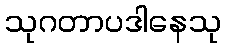
သုဂတာပဒါနေသု